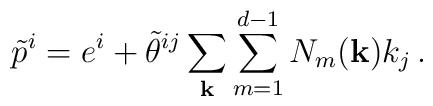
\tilde p^{i} =  e^{i} + \tilde  \theta^{ij}\sum_{\bf k} \sum_{m=1}^{d-1}N_{m}({\bf k})k_{j} \, .